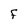
Character: F